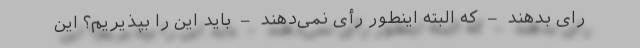
رای بدهند – که البته اینطور رأی نمی‌دهند – باید این را بپذیریم؟ این